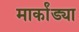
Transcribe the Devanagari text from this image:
मार्कांड्या